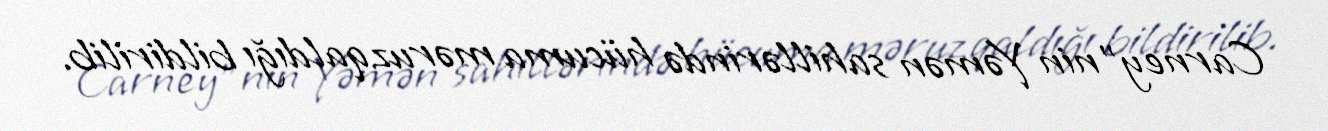
Carney"nin Yəmən sahillərində hücuma məruz qaldığı bildirilib.